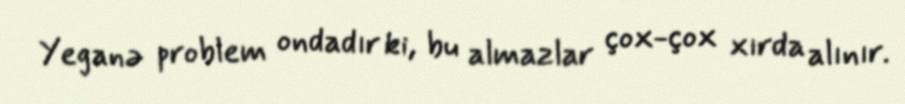
Yeganə problem ondadır ki, bu almazlar çox-çox xırda alınır.